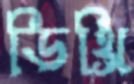
ডিথ্রি